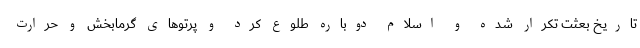
تاریخ بعثت تکرار شده و اسلام دوباره طلوع کرد و پرتوهای گرمابخش و حرارت